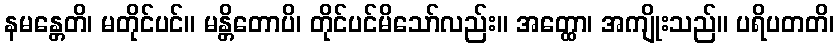
နမန္တေတိ၊ မတိုင်ပင်။ မန္တိတောပိ၊ တိုင်ပင်မိသော်လည်း။ အတ္ထော၊ အကျိုးသည်။ ပရိပတတိ၊